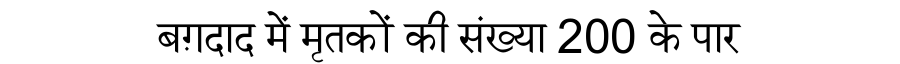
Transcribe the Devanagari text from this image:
बग़दाद में मृतकों की संख्या 200 के पार